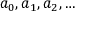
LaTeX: a _ { 0 } , a _ { 1 } , a _ { 2 } , \ldots